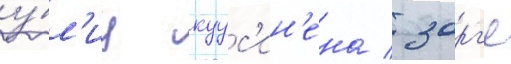
у́л'иц куус'ин'ена / зорг'е